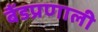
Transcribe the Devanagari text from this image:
बैंडप्रणाली